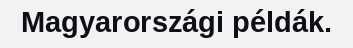
Magyarországi példák.